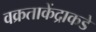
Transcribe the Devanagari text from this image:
वक्रताकेंद्राकडे